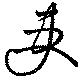
吏